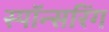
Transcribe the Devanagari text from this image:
स्पॉन्सरिंग